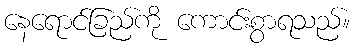
နေရောင်ခြည်ကို ကောင်းစွာရသည်။